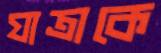
যাত্রাকে